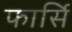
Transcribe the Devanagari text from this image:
फार्सि